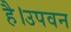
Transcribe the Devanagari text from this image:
है।उपवन